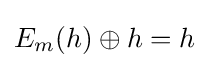
E_{m}(h)\oplus h=h